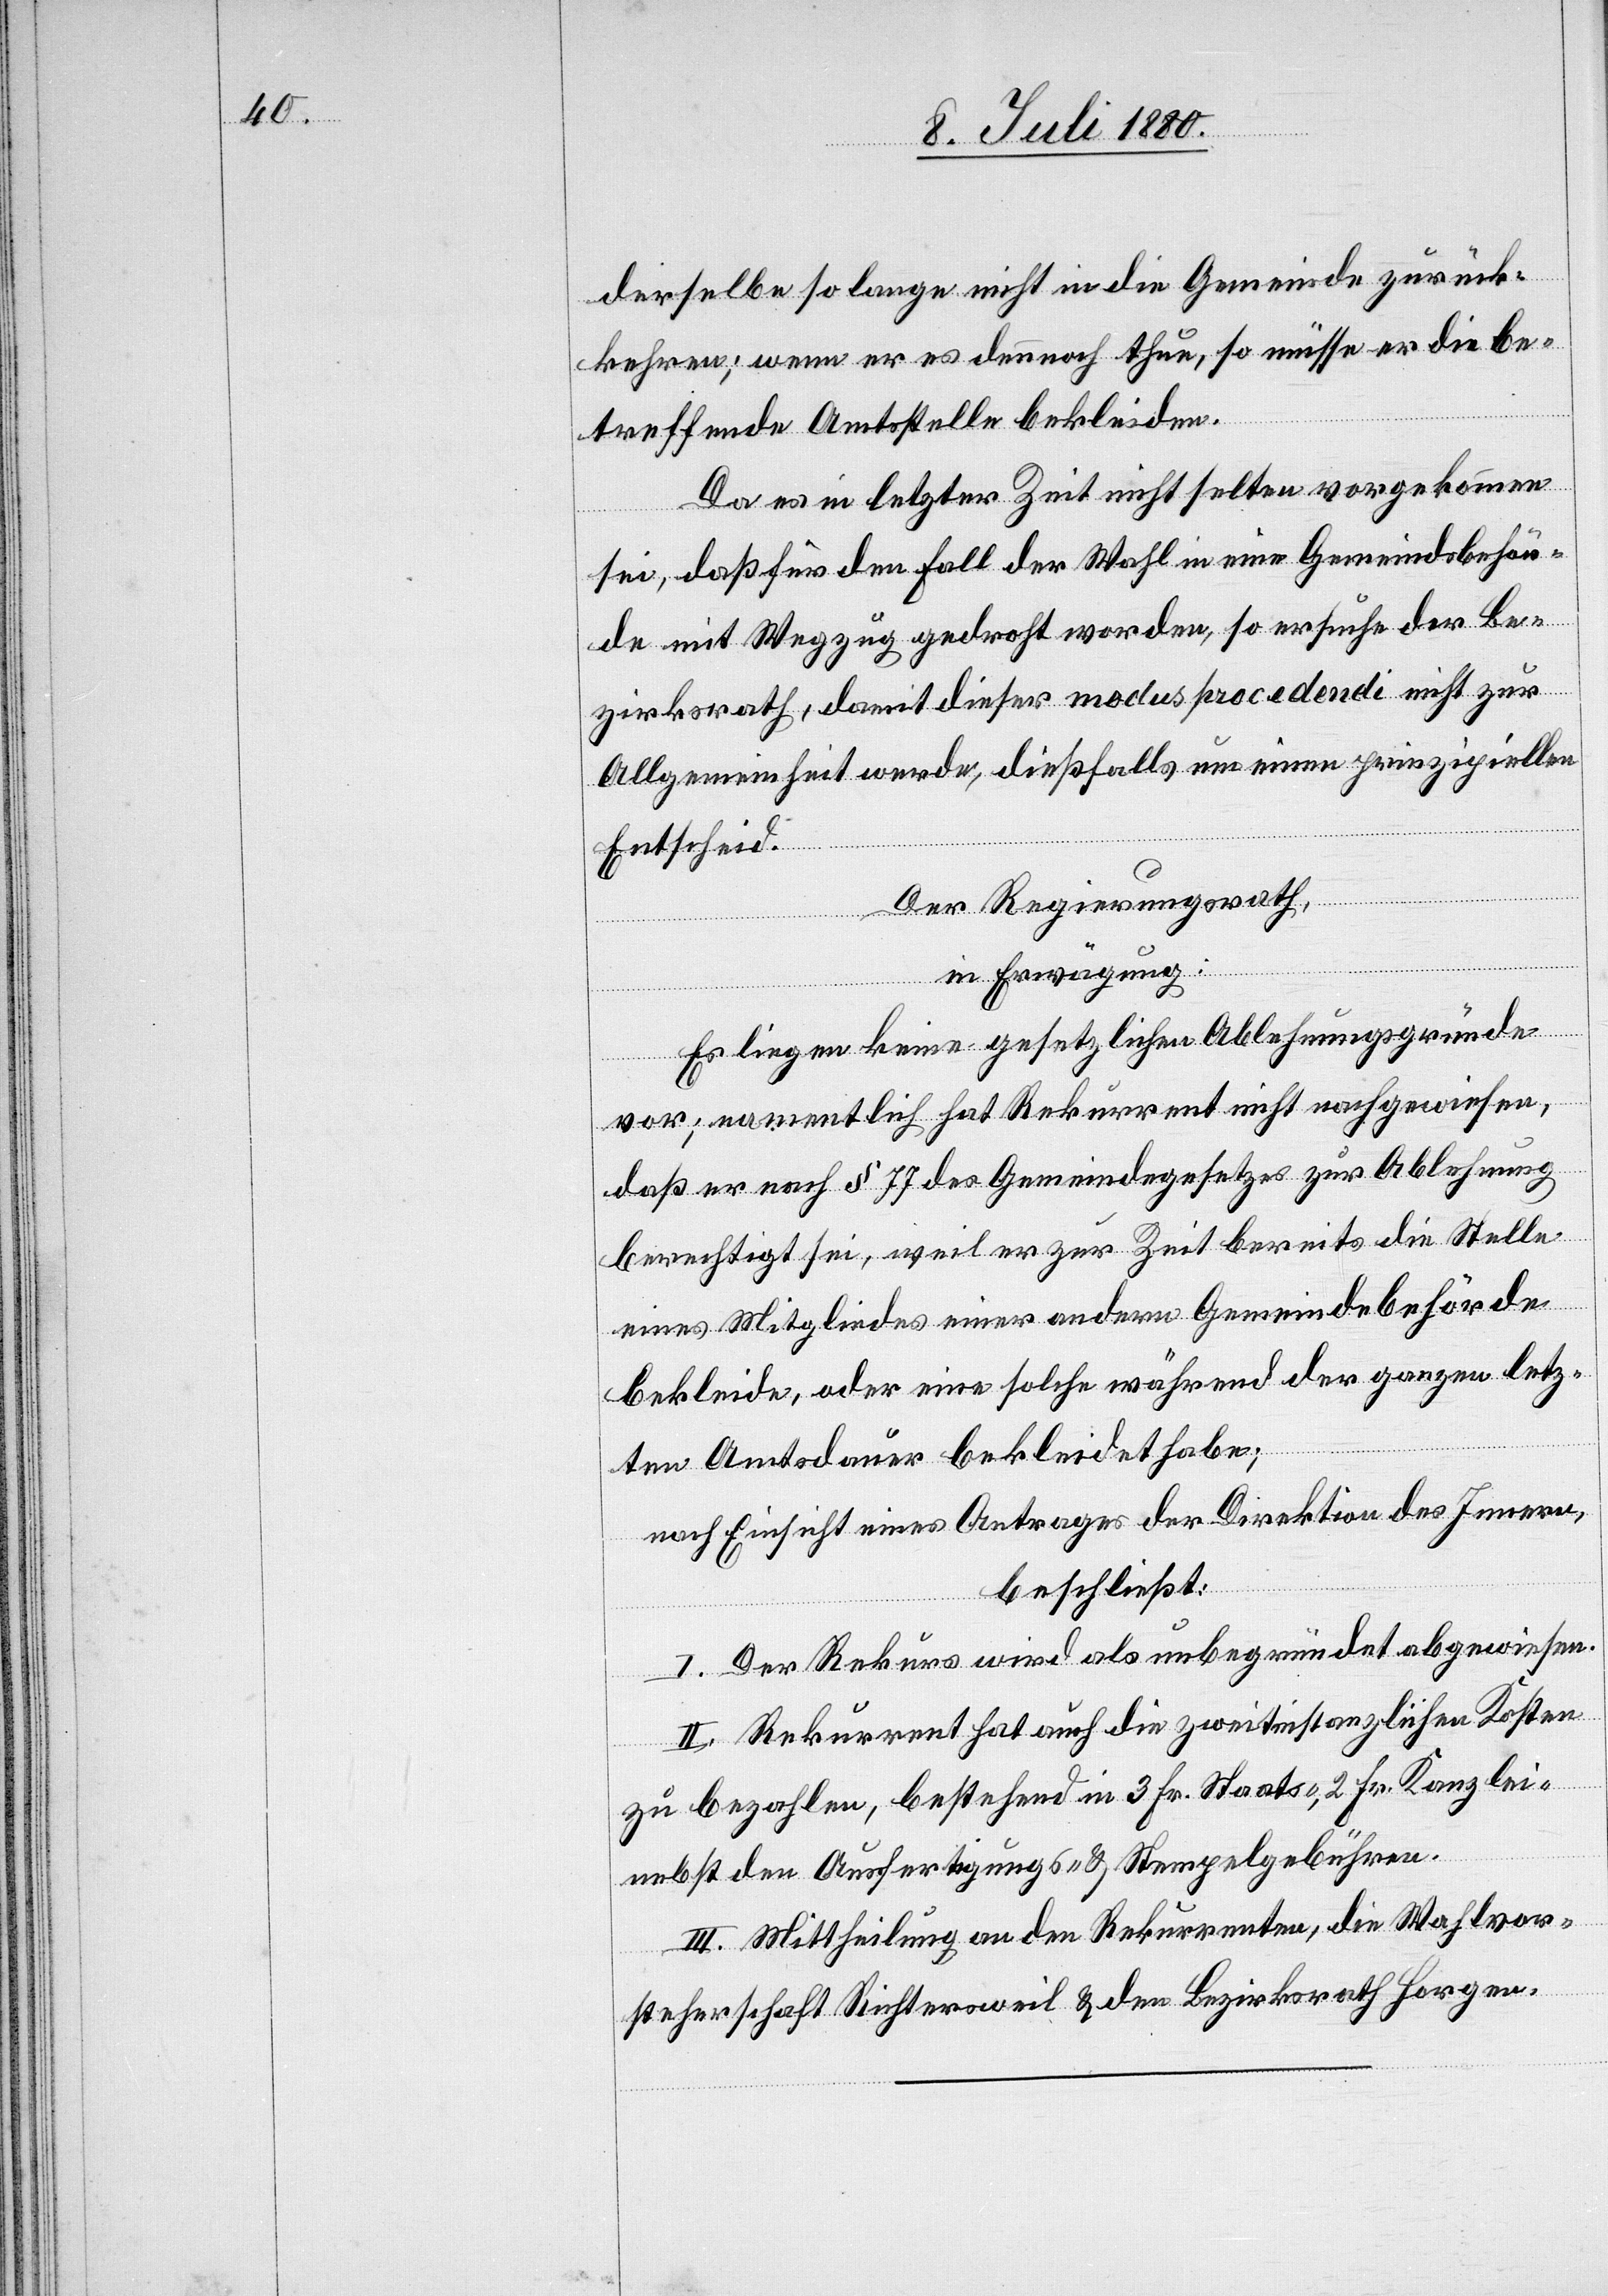
derselbe so lange nicht in die Gemeinde zurück¬
kehren; wenn er es dennoch thue, so müsse er die be¬
treffende Amtsstelle bekleiden.
Da es in letzter Zeit nicht selten vorgekommen
sei, daß für den Fall der Wahl in eine Gemeindsbehör¬
de mit Wegzug gedroht worden, so ersuche der Be¬
zirksrath, damit dieser modus procedendi nicht zur
Allgemeinheit werde, dießfalls um einen prinzipiellen
Entscheid.
Der Regierungsrath,
in Erwägung:
Es liegen keine gesetzlichen Ablehnungsgründe
vor; namentlich hat Rekurrent nicht nachgewiesen,
daß er nach § 77 des Gemeindegesetzes zur Ablehnung
berechtigt sei, weil er zur Zeit bereits die Stelle
eines Mitgliedes einer andern Gemeindebehörde
bekleide, oder eine solche während der ganzen letz¬
ten Amtsdauer bekleidet habe;
nach Einsicht eines Antrages der Direktion des Innern,
beschließt:
I. Der Rekurs wird als unbegründet abgewiesen.
II. Rekurrent hat auch die zweitinstanzlichen Kosten
zu bezahlen, bestehend in 3 Fr. Staats-, 2 Fr. Kanzlei-
nebst den Ausfertigungs- & Stempelgebühren.
III. Mittheilung an den Rekurrenten, die Wahlvor¬
steherschaft Richtersweil & den Bezirksrath Horgen.